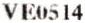
VE0514